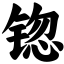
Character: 锪